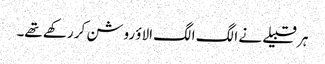
ہر قبیلے نے الگ الگ الاؤ روشن کر رکھے تھے۔